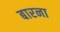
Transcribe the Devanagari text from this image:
बारना